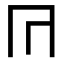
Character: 𭁟